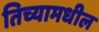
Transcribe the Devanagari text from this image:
तिच्यामधील